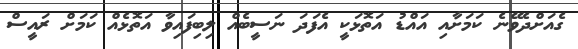
ގެއަށްދެވޭނެ ކަަމަށާއި އައްޑު އަތޮޅަކީ އެފަދަ ނަސީބެއް ލިބިފައިވާ އަތޮޅެއް ކަަމަށް ރައީސް